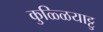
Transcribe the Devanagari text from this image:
कुळ्ळियाट्टु